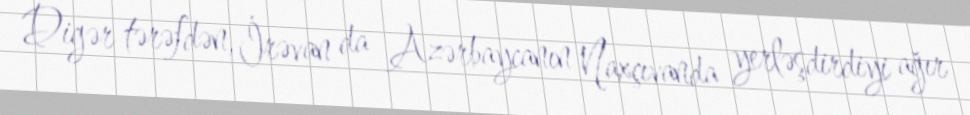
Digər tərəfdən, İrəvan da Azərbaycanın Naxçıvanda yerləşdirdiyi ağır